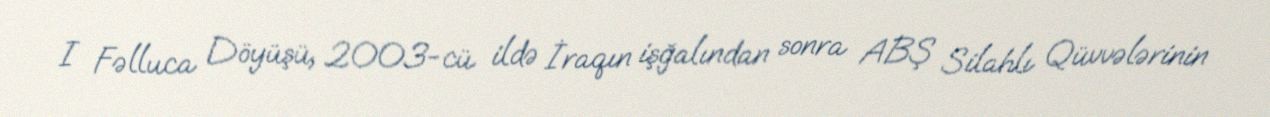
I Fəlluca Döyüşü, 2003-cü ildə İraqın işğalından sonra ABŞ Silahlı Qüvvələrinin